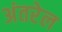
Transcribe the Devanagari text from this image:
अंतरेल